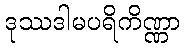
ဒုဿဒါမပရိကိဏ္ဏာ